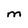
Character: M